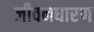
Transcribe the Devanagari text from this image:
जीवनधारण